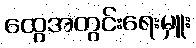
ထွေအတွင်းရေးမှူး